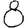
Digit: 8